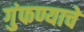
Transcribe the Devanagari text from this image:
गुंफण्याचे